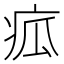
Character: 㽿